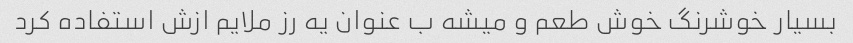
بسیار خوشرنگ خوش طعم و میشه ب عنوان یه رز ملایم ازش استفاده کرد